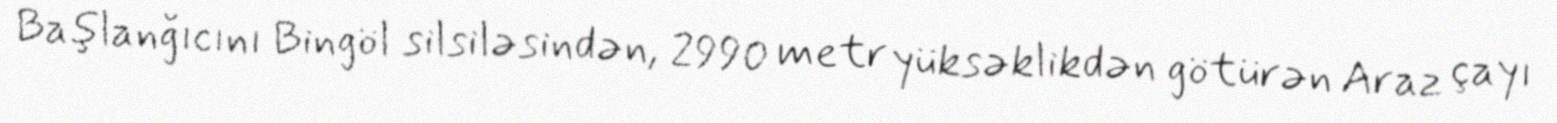
Başlanğıcını Bingöl silsiləsindən, 2990 metr yüksəklikdən götürən Araz çayı